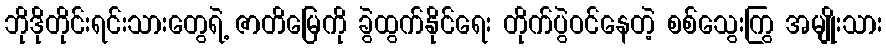
ဘိုဒိုတိုင်းရင်းသားတွေရဲ့ ဇာတိမြေကို ခွဲထွက်နိုင်ရေး တိုက်ပွဲဝင်နေတဲ့ စစ်သွေးကြွ အမျိုးသား